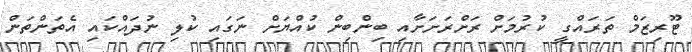
ޓޫރިޒަމް ތަރައްގީ ކުރުމަށް ރަށްރަށަށާއި ބިންބިން ކުއްޔަށް ނަގައި ކުލި ނުދައްކައި އެތަންތަން